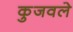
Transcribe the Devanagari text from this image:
कुजवले